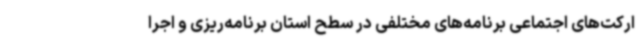
ارکت‌های اجتماعی برنامه‌های مختلفی در سطح استان برنامه‌ریزی و اجرا